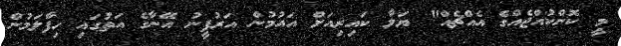
މީ ކޮންކުއްޖެއްގެ އެއްޗެއް" ޔަލާ ކައިރިއަށް އައުމުން އަރުފީނު އޭނާގެ އަތުގައި ހިފާލަމުން